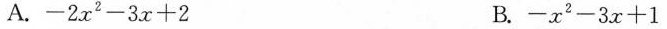
A.$$- 2 x ^ { 2 } - 3 x + 2$$ B.$$- x ^ { 2 } - 3 x + 1$$